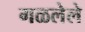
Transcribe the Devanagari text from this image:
गळलेले